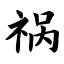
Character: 祸